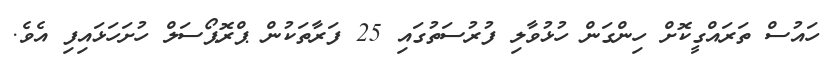
ހައުސް ތަރައްގީކޮށް ހިންގަން ހުޅުވާލި ފުރުސަތުގައި 25 ފަރާތަކުން ޕްރޮޕޯސަލް ހުށަހަޅައިފި އެވެ.